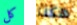
كل هكذا